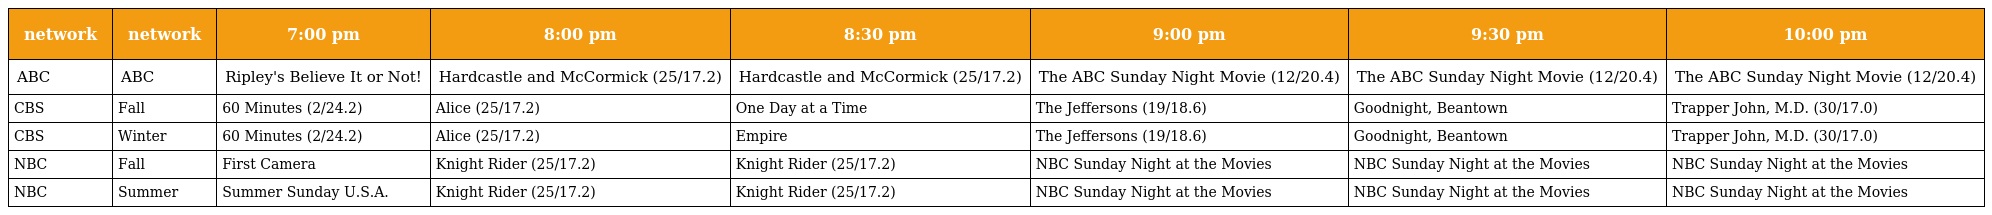
| network | network | 7:00 pm | 8:00 pm | 8:30 pm | 9:00 pm | 9:30 pm | 10:00 pm |
 | --- | --- | --- | --- | --- | --- | --- | --- |
 | ABC | ABC | Ripley's Believe It or Not! | Hardcastle and McCormick (25/17.2) | Hardcastle and McCormick (25/17.2) | The ABC Sunday Night Movie (12/20.4) | The ABC Sunday Night Movie (12/20.4) | The ABC Sunday Night Movie (12/20.4) |
 | CBS | Fall | 60 Minutes (2/24.2) | Alice (25/17.2) | One Day at a Time | The Jeffersons (19/18.6) | Goodnight, Beantown | Trapper John, M.D. (30/17.0) |
 | CBS | Winter | 60 Minutes (2/24.2) | Alice (25/17.2) | Empire | The Jeffersons (19/18.6) | Goodnight, Beantown | Trapper John, M.D. (30/17.0) |
 | NBC | Fall | First Camera | Knight Rider (25/17.2) | Knight Rider (25/17.2) | NBC Sunday Night at the Movies | NBC Sunday Night at the Movies | NBC Sunday Night at the Movies |
 | NBC | Summer | Summer Sunday U.S.A. | Knight Rider (25/17.2) | Knight Rider (25/17.2) | NBC Sunday Night at the Movies | NBC Sunday Night at the Movies | NBC Sunday Night at the Movies |